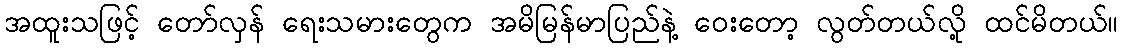
အထူးသဖြင့် တော်လှန် ရေးသမားတွေက အမိမြန်မာပြည်နဲ့ ဝေးတော့ လွတ်တယ်လို့ ထင်မိတယ်။